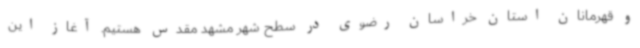
و قهرمانان استان خراسان رضوی در سطح شهر مشهد مقدس هستیم. آغاز این